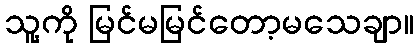
သူ့ကို မြင်မမြင်တော့မသေချာ။